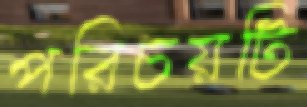
পরিচয়টি